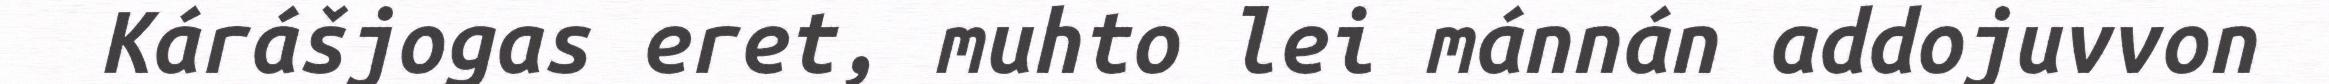
Kárášjogas eret, muhto lei mánnán addojuvvon